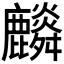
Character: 𪋲